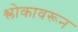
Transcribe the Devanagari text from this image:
श्लोकावरून